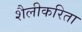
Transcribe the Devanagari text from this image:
शैलीकरिता